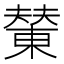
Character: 𪳭